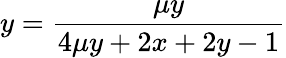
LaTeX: y=\frac{\mu y}{4\mu y+2x+2y-1}